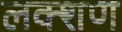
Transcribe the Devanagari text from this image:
लक्शण